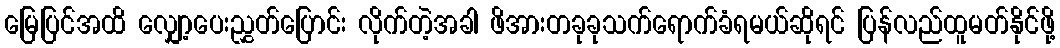
မြေပြင်အထိ လျှော့ပေးညွှတ်ပြောင်း လိုက်တဲ့အခါ ဖိအားတခုခုသက်ရောက်ခံရမယ်ဆိုရင် ပြန်လည်ထူမတ်နိုင်ဖို့